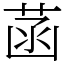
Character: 菡